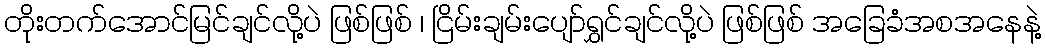
တိုးတက်အောင်မြင်ချင်လို့ပဲ ဖြစ်ဖြစ် ၊ ငြိမ်းချမ်းပျော်ရွှင်ချင်လို့ပဲ ဖြစ်ဖြစ် အခြေခံအစအနေနဲ့